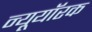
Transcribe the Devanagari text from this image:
न्यूयॉरक